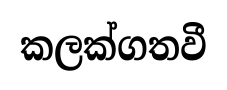
කලක්ගතවී